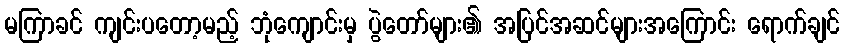
မကြာခင် ကျင်းပတော့မည့် ဘုံကျောင်းမှ ပွဲတော်များ၏ အပြင်အဆင်များအကြောင်း ရောက်ချင်